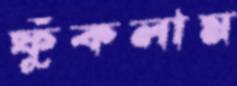
ফুঁকলাম